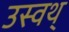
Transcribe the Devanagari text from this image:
उस्वथ्